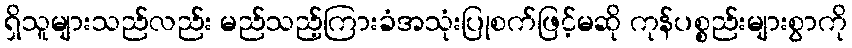
ရှိသူများသည်လည်း မည်သည့်ကြားခံအသုံးပြုစက်ဖြင့်မဆို ကုန်ပစ္စည်းများစွာကို